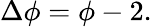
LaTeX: \Delta\phi=\phi-2.